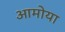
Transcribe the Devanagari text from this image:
आमोया